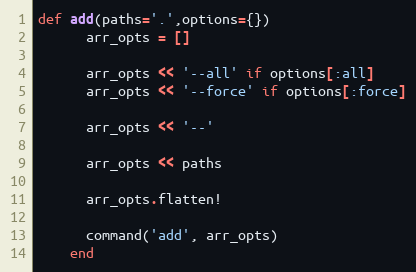
Language: Ruby
def add(paths='.',options={})
      arr_opts = []

      arr_opts << '--all' if options[:all]
      arr_opts << '--force' if options[:force]

      arr_opts << '--'

      arr_opts << paths

      arr_opts.flatten!

      command('add', arr_opts)
    end